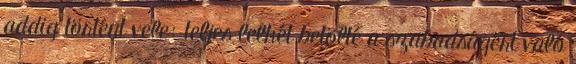
addig történt vele: teljes lelkét betölté a szabadságért való